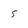
Character: 5